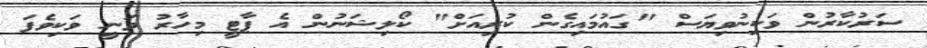
ސަރުކާރުން ވަކިނުވިޔަސް "ގައުމައިގެން ކުރިއަށް" ކޯލިޝަނުން އެ ޕާޓީ މިހާރު ވަނީ ވަކިވެފަ